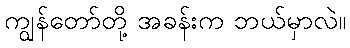
ကျွန်တော်တို့ အခန်းက ဘယ်မှာလဲ။